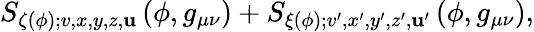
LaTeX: S_{\zeta(\phi);v,x,y,z,\mathbf{u}}\left(\phi,g_{\mu\nu}\right)+S_{\xi(\phi);v^{\prime},x^{\prime},y^{\prime},z^{\prime},\mathbf{u}^{\prime}}\left(\phi,g_{\mu\nu}\right),